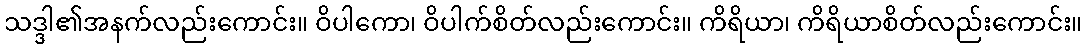
သဒ္ဒါ၏အနက်လည်းကောင်း။ ဝိပါကော၊ ဝိပါက်စိတ်လည်းကောင်း။ ကိရိယာ၊ ကိရိယာစိတ်လည်းကောင်း။